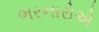
ભરનારોએ